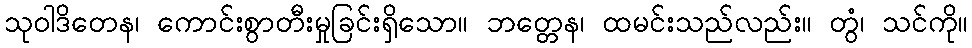
သုဝါဒိတေန၊ ကောင်းစွာတီးမှုခြင်းရှိသော။ ဘတ္တေန၊ ထမင်းသည်လည်း။ တွံ၊ သင်ကို။